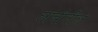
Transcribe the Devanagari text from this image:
लांबीतील